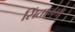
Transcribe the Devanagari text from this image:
सिंताग्मा